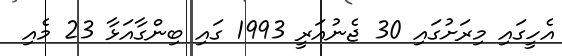
އެހީގައި މިރަށުގައި 30 ޖެނުއަރީ 1993 ގައި ބިންގާއަޅާ 23 މެއި